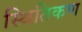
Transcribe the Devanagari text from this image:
स्थितिकण